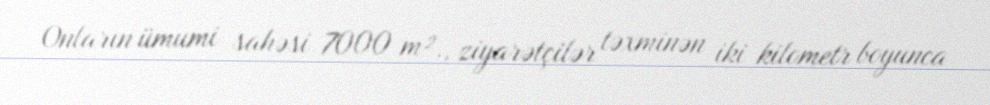
Onların ümumi sahəsi 7000 m²., ziyarətçilər təxminən iki kilometr boyunca